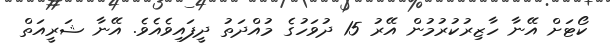
ކޯޓަށް އޭނާ ހާޒިރުކުރުމުން އޭރު 15 ދުވަހުގެ މުއްދަތު ދީފައިވެއެވެ. އޭނާ ޝަރީއަތް